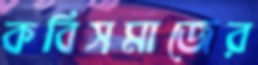
কবিসমাজের